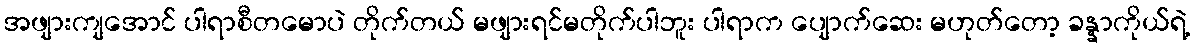
အဖျားကျအောင် ပါရာစီတမောပဲ တိုက်တယ် မဖျားရင်မတိုက်ပါဘူး ပါရာက ပျောက်ဆေး မဟုတ်တော့ ခန္နာကိုယ်ရဲ့